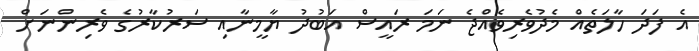
އެ ފަދަ ހާލަތެއް މެދުވެރިވެއްޖެ ނަމަ ރައީސް އަބުދު ޔާމީނާއި ސަރުކާރުގެ ވެރިންްނަށް